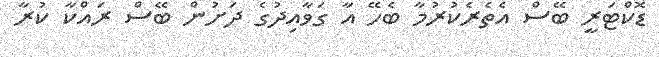
ޑޮކްޓަރީ ބޭސް އެތެރެކުރުމާ ބެހޭ އާ ގަވާއިދުގެ ދަށުން ބޭސް ރައްކާ ކުރާ